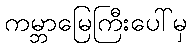
ကမ္ဘာမြေကြီးပေါ်မှ